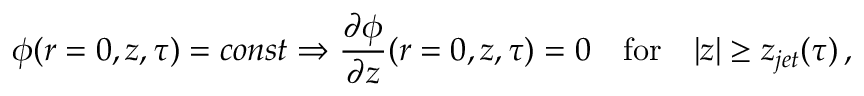
\phi ( r = 0 , z , \tau ) = c o n s t \Rightarrow \frac { \partial \phi } { \partial z } ( r = 0 , z , \tau ) = 0 \quad \mathrm { f o r } \quad | z | \geq z _ { j e t } ( \tau ) \, ,